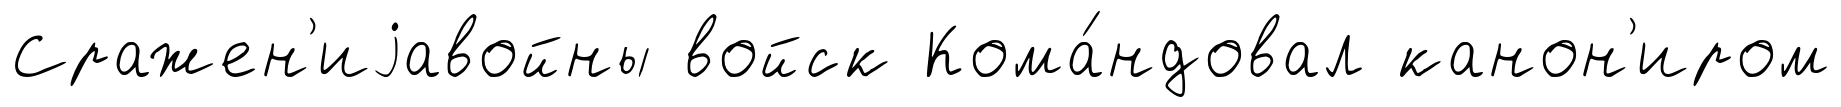
Сражен'иjавойны войск Кома́ндовал канон'иром